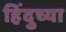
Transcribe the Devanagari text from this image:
हिंदुच्या